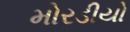
મોરડીયો